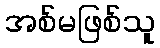
အစ်မဖြစ်သူ